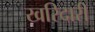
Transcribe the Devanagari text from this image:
खरिदारी